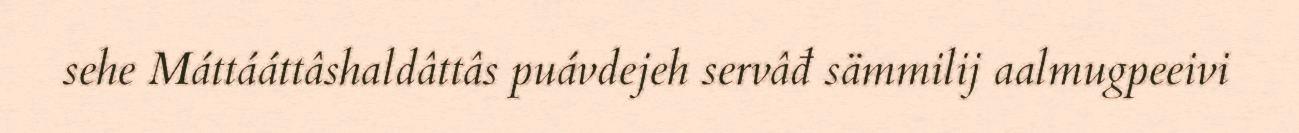
sehe Máttááttâshaldâttâs puávdejeh servâđ sämmilij aalmugpeeivi